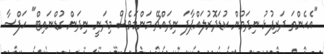
"އެހެންތަ ދަރިފުޅު ނިދަމުން ކުޑަދޮރުލައްޕާފަ ނިދައްޗޭ މަންމަވެސް މިދަނީ ނިދަން ގުޑްނައިޓް" ހަފްސާ